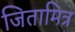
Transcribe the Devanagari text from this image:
जितामित्र